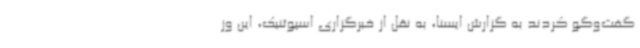
گفت‌وگو کردند به گزارش ایسنا، به نقل از خبرگزاری اسپوتنیک، این وز